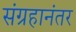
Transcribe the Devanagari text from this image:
संग्रहानंतर